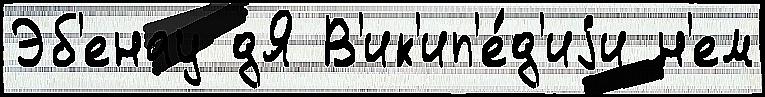
Эб'енау дЯ В'ик'ип'е́д'иjи н'ем